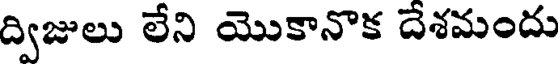
ద్విజులు లేని యొకానొక దేశమందు